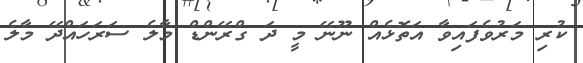
ކުރި މަރުވެފައިވާ އަތޮޅެއް ނޫނޭ މީ ދަ ގްރޭންޑް މާލެ ސަރަހައްދޭ މާލެ